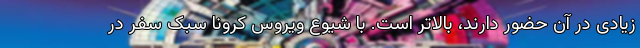
زیادی در آن حضور دارند، بالاتر است. با شیوع ویروس کرونا سبک سفر در